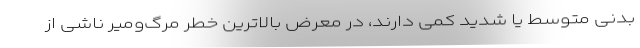
بدنی متوسط یا شدید کمی دارند، در معرض بالاترین خطر مرگ‌ومیر ناشی از